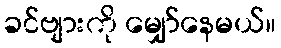
ခင်ဗျားကို မျှော်နေမယ်။